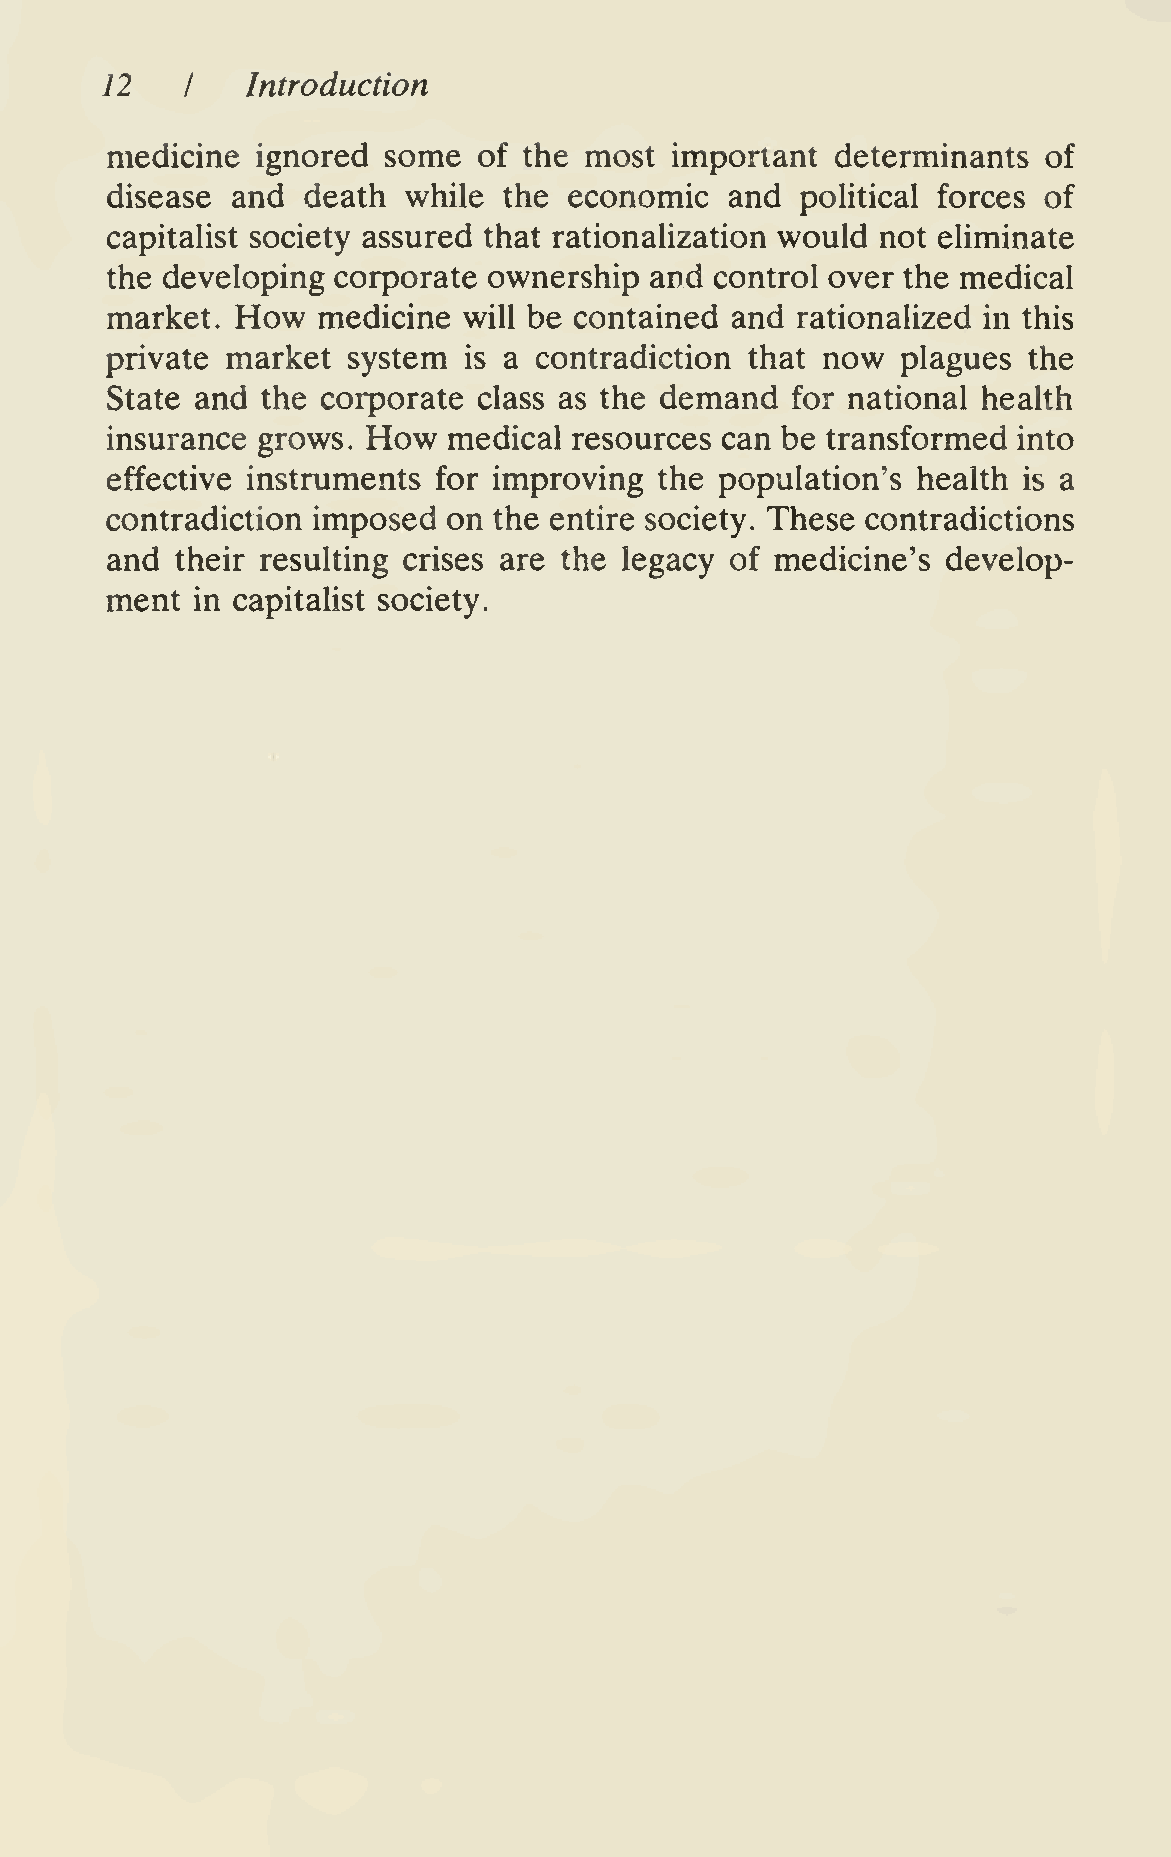
12       Introduction
 I
 medicine  ignored some   of the most important  determinants  of
 disease and  death  while the  economic  and  pohtical forces of
 capitaUst society assured that rationaUzation would not eliminate
 the developing corporate ownership  and control over the medical
 How
 market.       medicine  will be contained and rationalized in this
 private market  system  is a contradiction that now  plagues the
 State and the corporate  class as the demand for national health
 How
 insurance grows.       medical resources can be transformed into
 effective instruments for improving  the population's health is a
 contradiction imposed  on the entire society. These contradictions
 and  their resulting crises are the legacy of medicine's develop-
 ment
 in capitalist society.